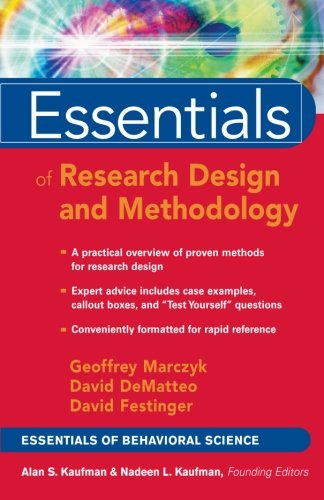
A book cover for Essentials of Research Design and Methodology; Geoffrey R. Marczyk; Medical Books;